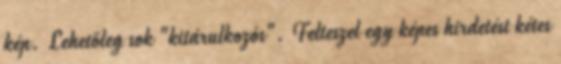
kép. Lehetőleg sok "kitárulkozós". Felteszel egy képes hirdetést kétes